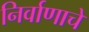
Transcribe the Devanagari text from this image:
निर्वाणाचे